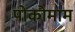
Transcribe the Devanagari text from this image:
पोकोमाम